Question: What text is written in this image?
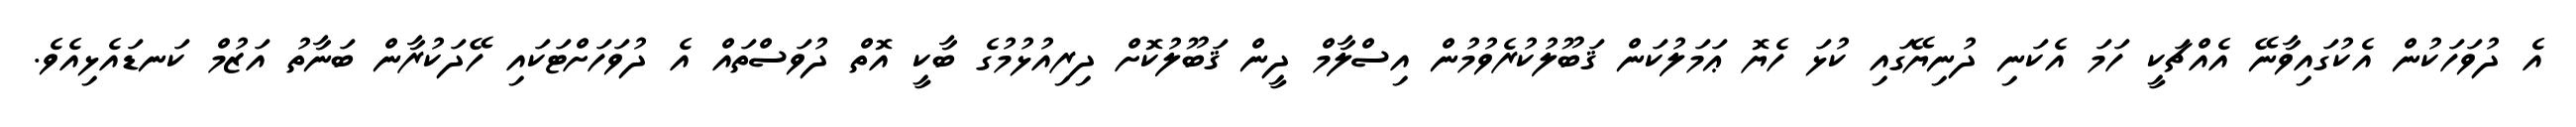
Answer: އެ ދުވަހަކުން އެކުގައިވާނޭ އެއްޗަކީ ހަމަ އެކަނި ދުނިޔޭގައި ކުޅަ ހެޔޮ ޢަމަލުކަން ޤަބޫލުކުރެވުމުން އިސްލާމް ދީން ޤަބޫލުކޮށް ދިރިއުޅުމުގެ ބާކީ އޮތް ދުވަސްތައް އެ ދުވަހަށްޓަކައި ހޭދަކުރާން ބަނާތު އަޒުމް ކަނޑައެޅިއެވެ.